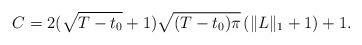
LaTeX: \begin{align*}C=2(\sqrt{T-t_0}+1)\sqrt{(T-t_0)\pi}\left(\|L\|_1+1\right)+1.\end{align*}